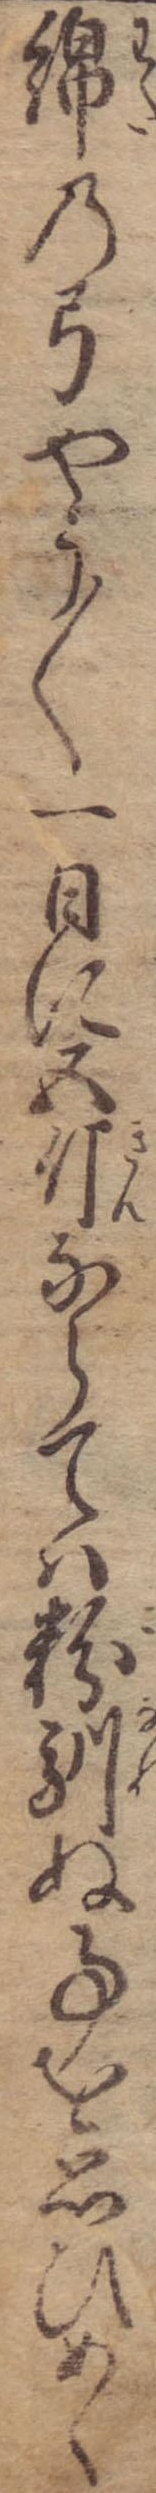
綿の弓やう〱一日に五斤ならては粉馴ぬ事を思ひめく